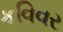
કવિવર